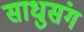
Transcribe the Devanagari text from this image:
साधुसंग